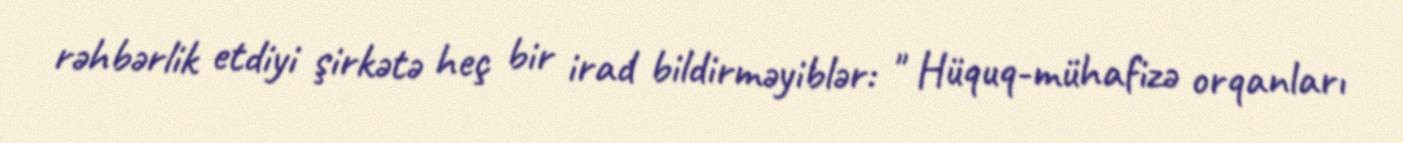
rəhbərlik etdiyi şirkətə heç bir irad bildirməyiblər: " Hüquq-mühafizə orqanları